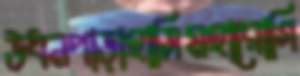
উধনপাড়াহাসিমহারোগি